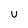
Character: U